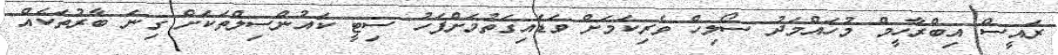
ރައީސް އިބްރާހީމް މުހައްމަދު ސޯލިހް ވެރިކަމަށް ވަޑައިގަތުމަށްފަހު ސިޓީ ކައުންސިލްތަކަށް ގިނަ ބާރުތަކެއް